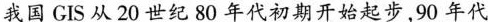
我国 GIS 从 20 世纪 80 年代初期开始起步，90 年代